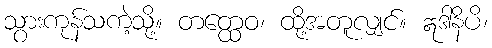
သွားကုန်သကဲ့သို့။ တတ္ထေဝ၊ ထို့အတူလျှင်။ ဣဒါနိပိ၊